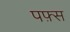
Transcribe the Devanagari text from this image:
पफ़्स